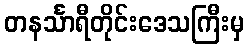
တနင်္သာရီတိုင်းဒေသကြီးမှ